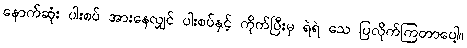
နောက်ဆုံး ပါးစပ် အားနေလျှင် ပါးစပ်နှင့် ကိုက်ပြီးမှ ရဲရဲ သေ ပြလိုက်ကြတာပေါ့။